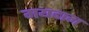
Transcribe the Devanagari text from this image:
मयदान